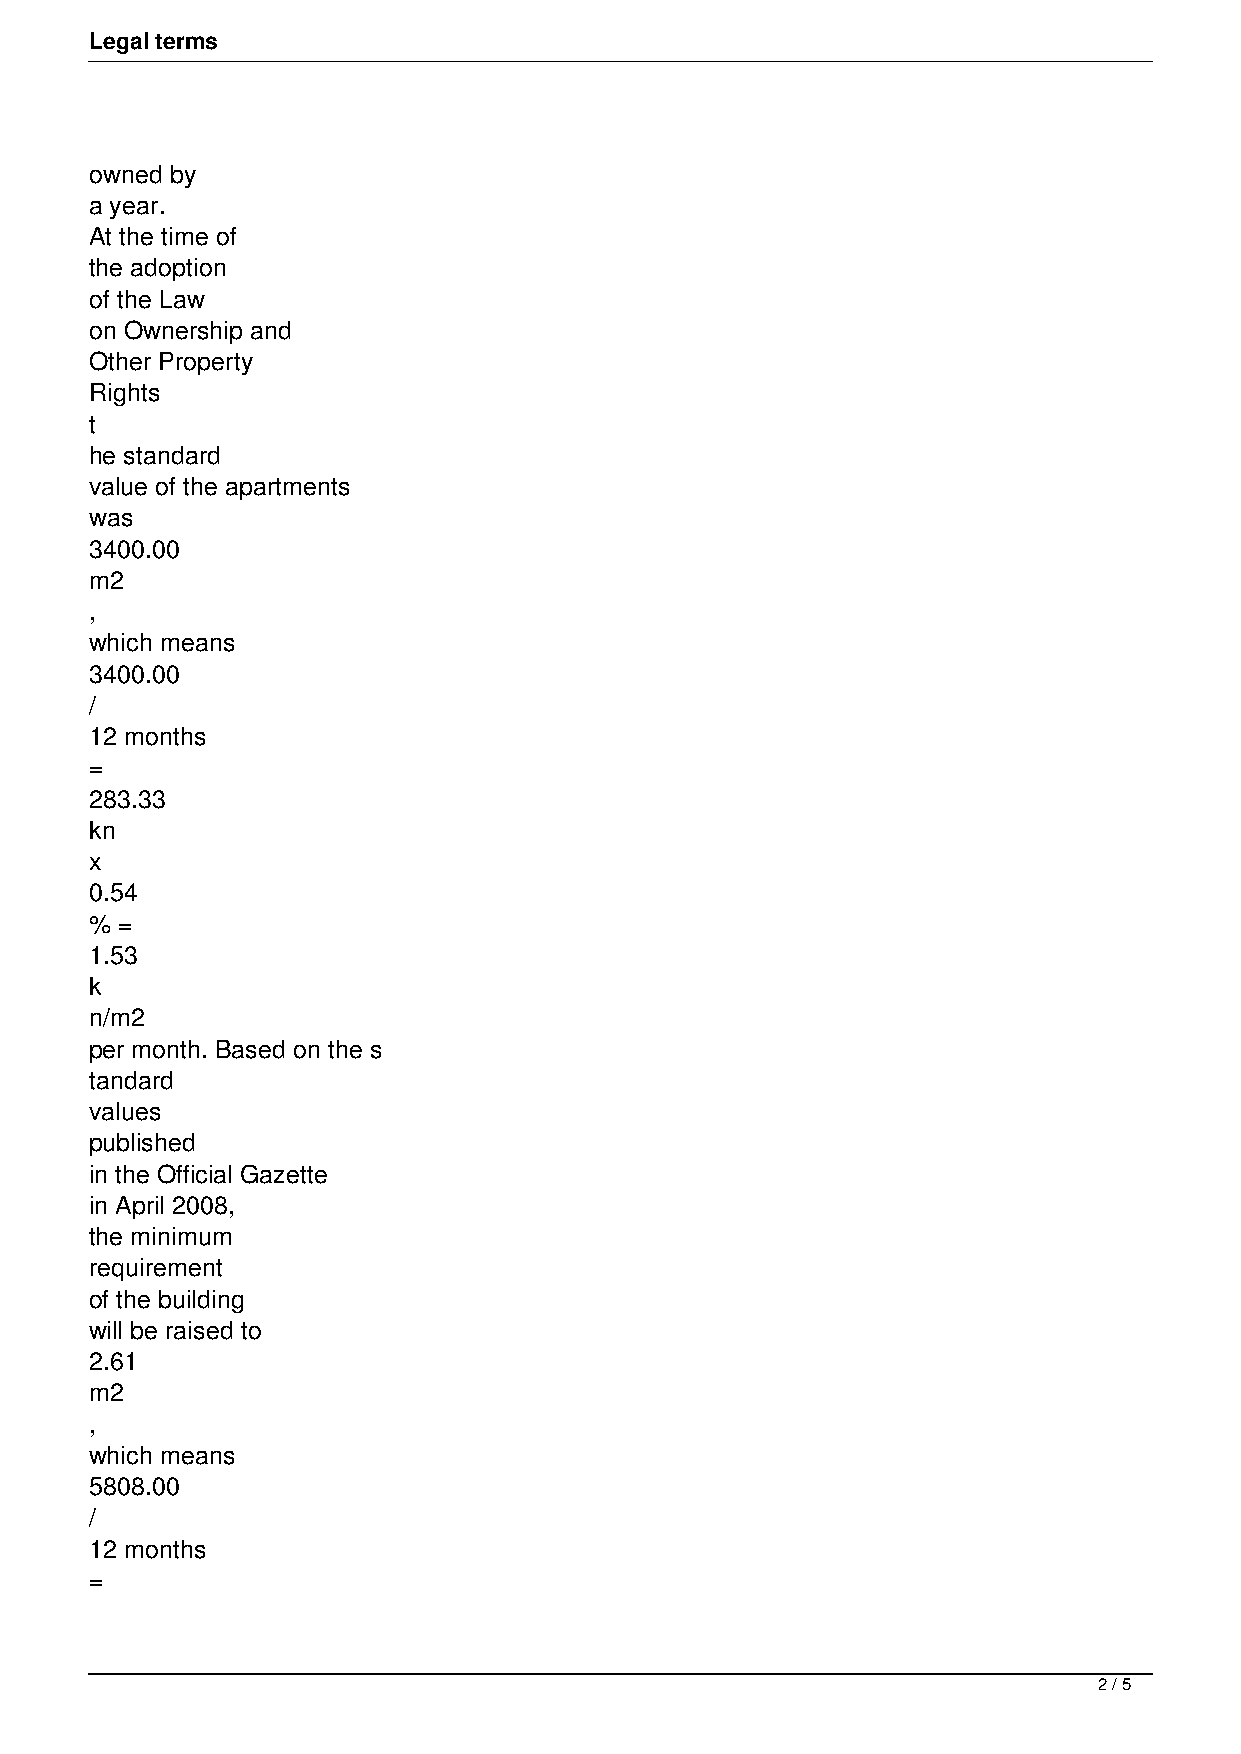
Legal terms
 owned by
 a year.
 At the time of
 the adoption
 of the Law
 on Ownership and
 Other Property
 Rights
 t
 he standard
 value of the apartments
 was
 3400.00
 m2
 ,
 which means
 3400.00
 /
 12 months
 =
 283.33
 kn
 x
 0.54
 % =
 1.53
 k
 n/m2
 per month. Based on the s
 tandard
 values
 published
 in the Official Gazette
 in April 2008,
 the minimum
 requirement
 of the building
 will be raised to
 2.61
 m2
 ,
 which means
 5808.00
 /
 12 months
 =
 2 / 5